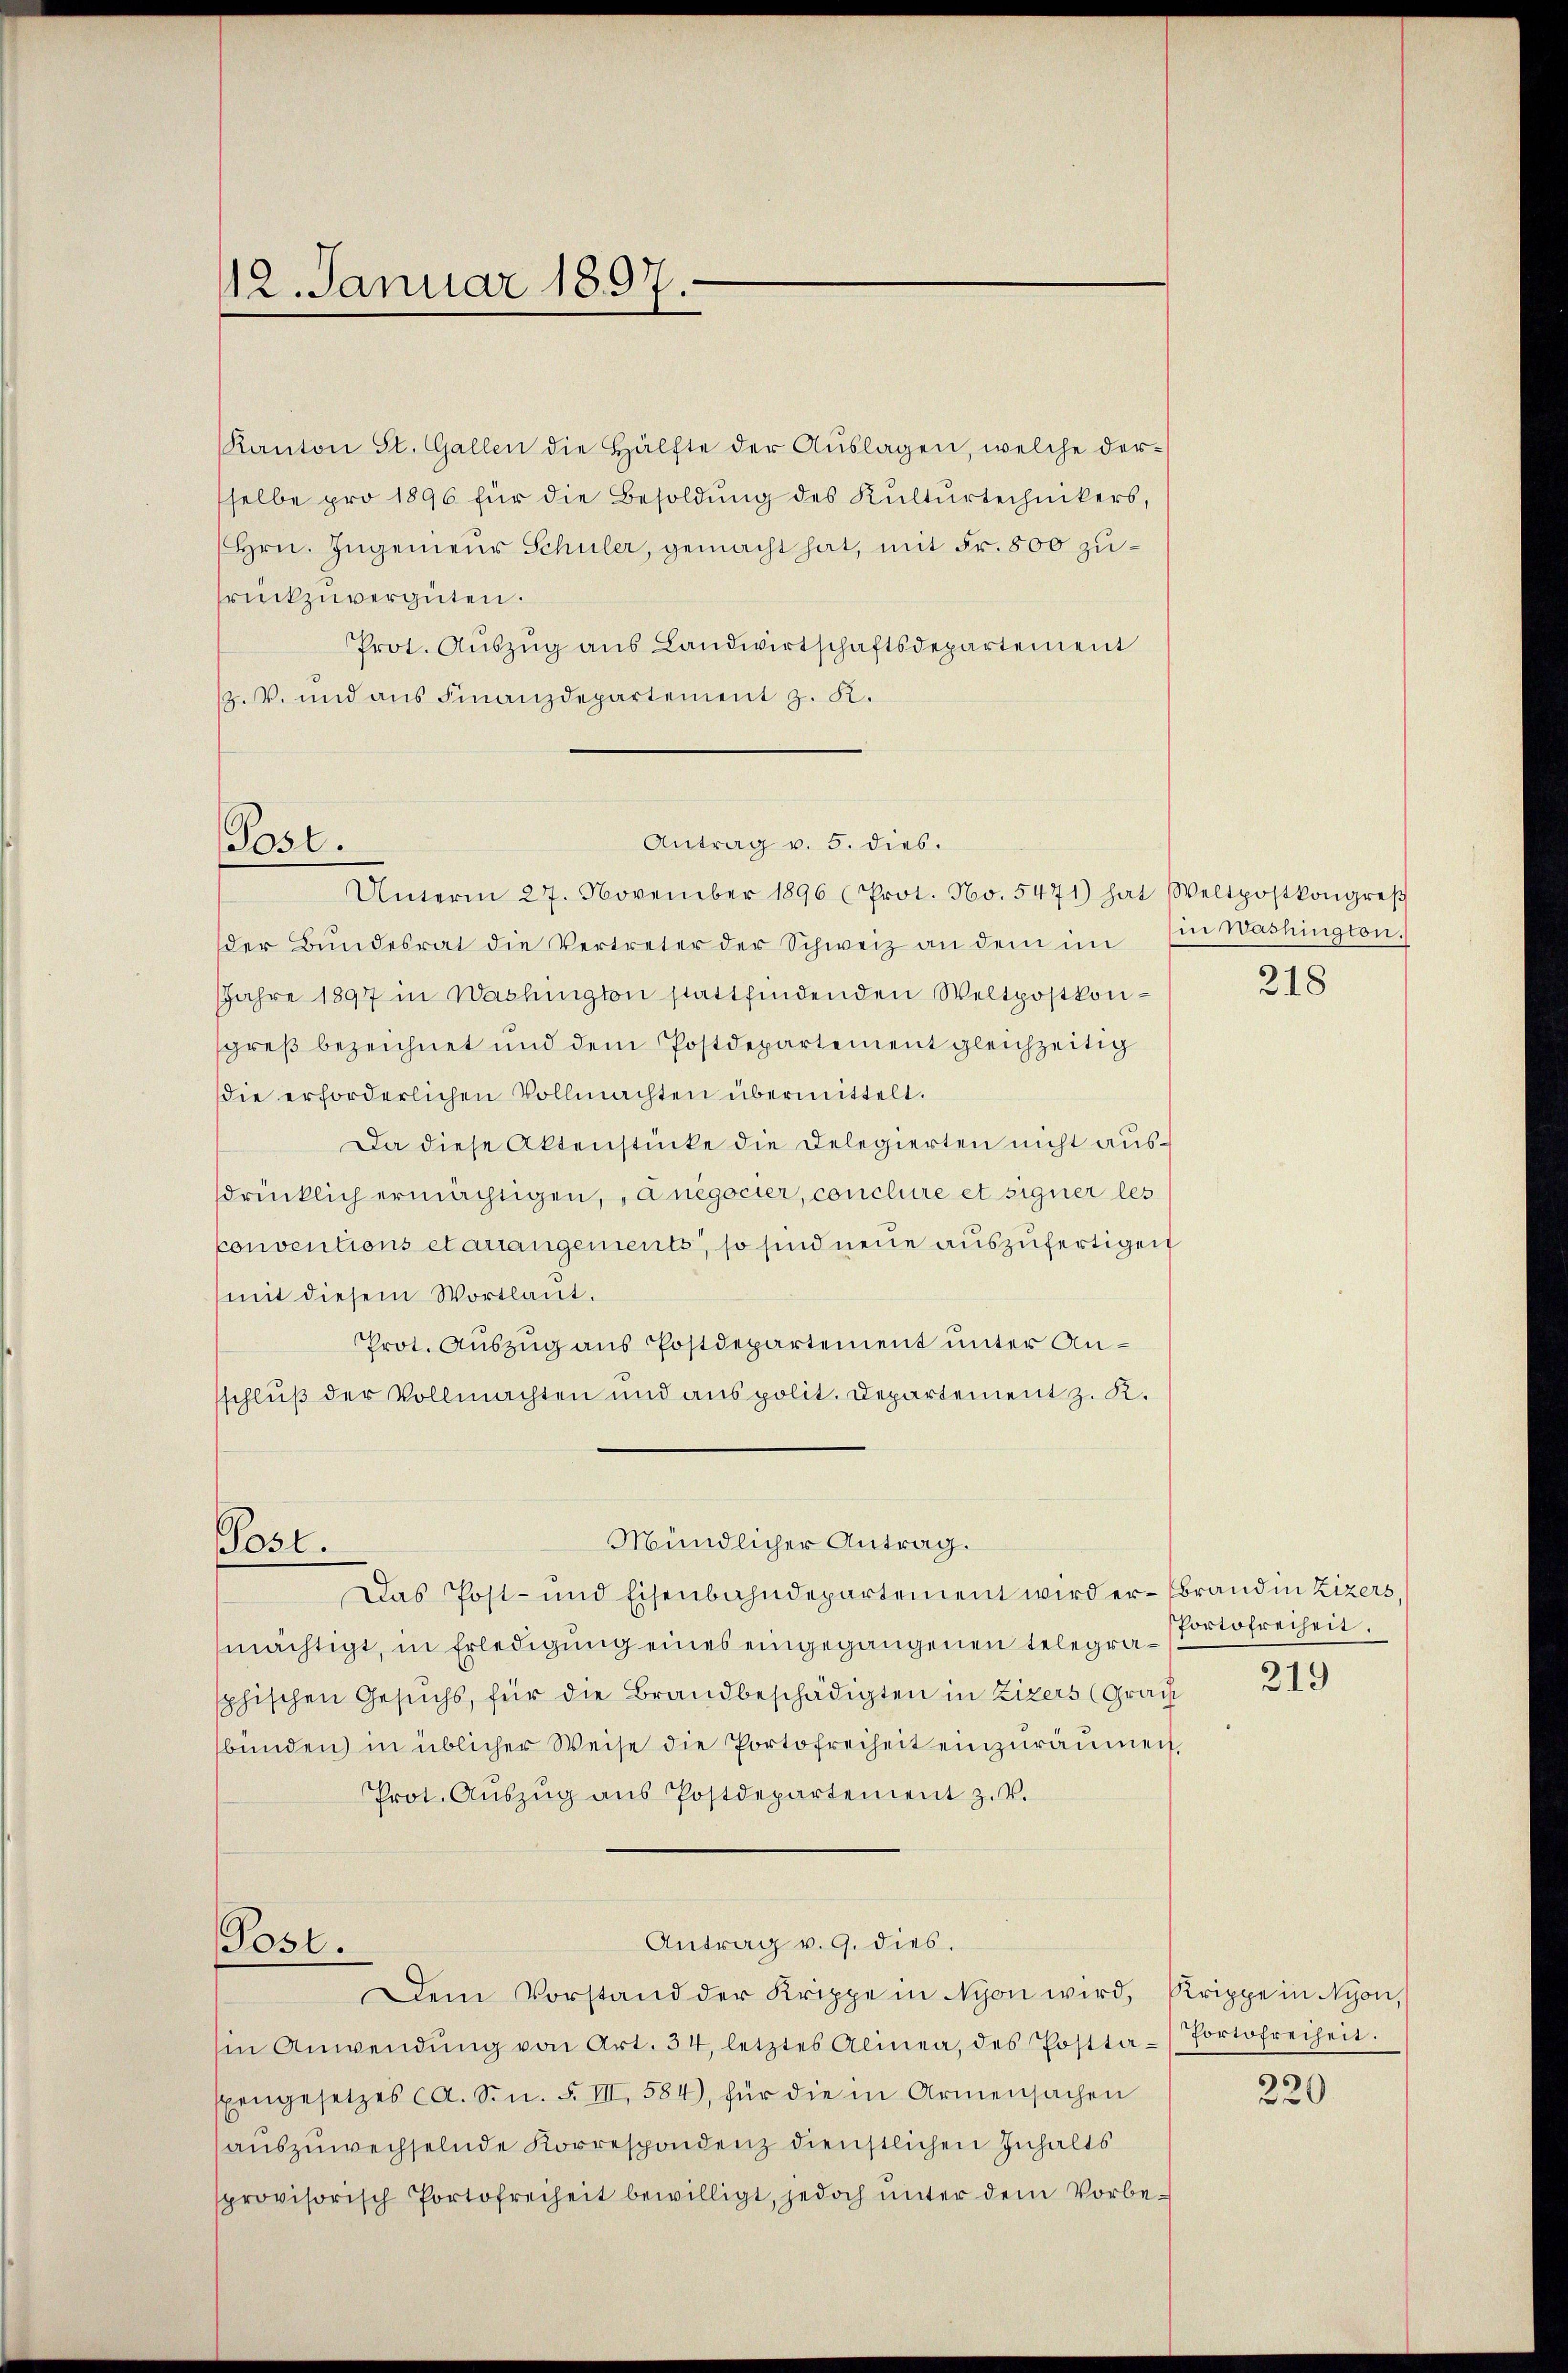
12. Januar 1897.

Kanton St. Gallen die Hälfte der Aŭslagen, welche der-
selbe pro 1896 für die Besoldung des Kulturtechnikers,
Hrn. Ingenieur Schuler, gemacht hat, mit Fr. 800 zurückzuvergüten.
Prot. Aŭszŭg aŭs Landwirtschaftsdepartement
Z. V. und aus Finanzdepartement z. K.
Unterm 27. November 1896 (Prot. No. 5471) hat Weltpostkongreβ
der Bŭndesrat die Vertreter der Schweiz an dem im Ein Washington.
Jahre 1897 in Washington stattfindenden Weltpostkonsgreß bezeichnet und dem Postdepartement gleichzeitig
die erforderlichen Vollmachten übermittelt.
Da diese Aktenstücke die Delegierten nicht aussdrücklich ermächtigen, anegocier, conclure et signer les
konventions etariangements, so sind neue auszufertigen
mit diesem Wortlaut.
Prot. Auszug aus Postdepartement unter Anschluß der Vollmachten und aus polit. Departement z. K.
Mündlicher Antrag.
Post.
Das Post- und Eisenbahndepartement wird er-Brand in Zizers,
mächtigt, in Erledigung eines eingegangenen telegraphischen Gesuchs, für die Brandbeschädigten in Zizers (Grais
bünden) in üblicher Weise die Portofreiheit einzuräumen,
Prot. Aŭszŭg ans Postdepartement z. v.
Antrag v. 9. dies.
Post.
Dem Vorstand der Krippe in Nyon wird, Krippe in Nyon,
in Anwendŭng von Art. 34, letztes Alinea, des Postta-Portofreiheit.
xengesetzes ca. Sn. F. III, 584), für die in Armensachen
auszuwechselnde Korrespondenz dienstlichen Inhalts
provisorisch Portofreiheit bewilligt, jedoch ŭnter dem Vorbe-

Post.

Antrag v. 5. dies.

218

Portofreiheit.

219

220